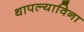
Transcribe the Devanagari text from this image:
थापल्याविना